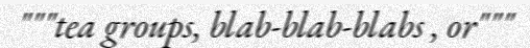
"""tea groups, blab-blab-blabs , or"""